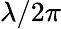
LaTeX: \lambda/2\pi